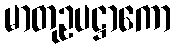
မာတုဥပဋ္ဌာကော